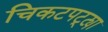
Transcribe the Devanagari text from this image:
चिकटपट्ट्या